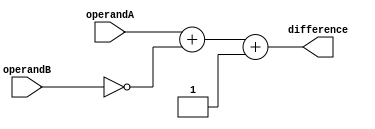
module gate_level_subtractor(
    input [3:0] operandA,
    input [3:0] operandB,
    output [3:0] difference
);

wire [3:0] complement;
wire [4:0] sum;

assign complement = ~operandB;

assign sum = operandA + complement + 1;

assign difference = sum[3:0];

endmodule